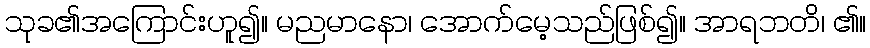
သုခ၏အကြောင်းဟူ၍။ မညမာနော၊ အောက်မေ့သည်ဖြစ်၍။ အာရဘတိ၊ ၏။